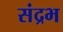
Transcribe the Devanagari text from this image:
संद्रभ